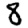
Digit: 8